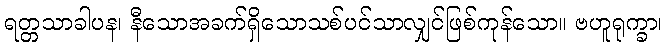
ရတ္တသာခါပန၊ နီသောအခက်ရှိသောသစ်ပင်သာလျှင်ဖြစ်ကုန်သော။ ဗဟူရုက္ခာ၊